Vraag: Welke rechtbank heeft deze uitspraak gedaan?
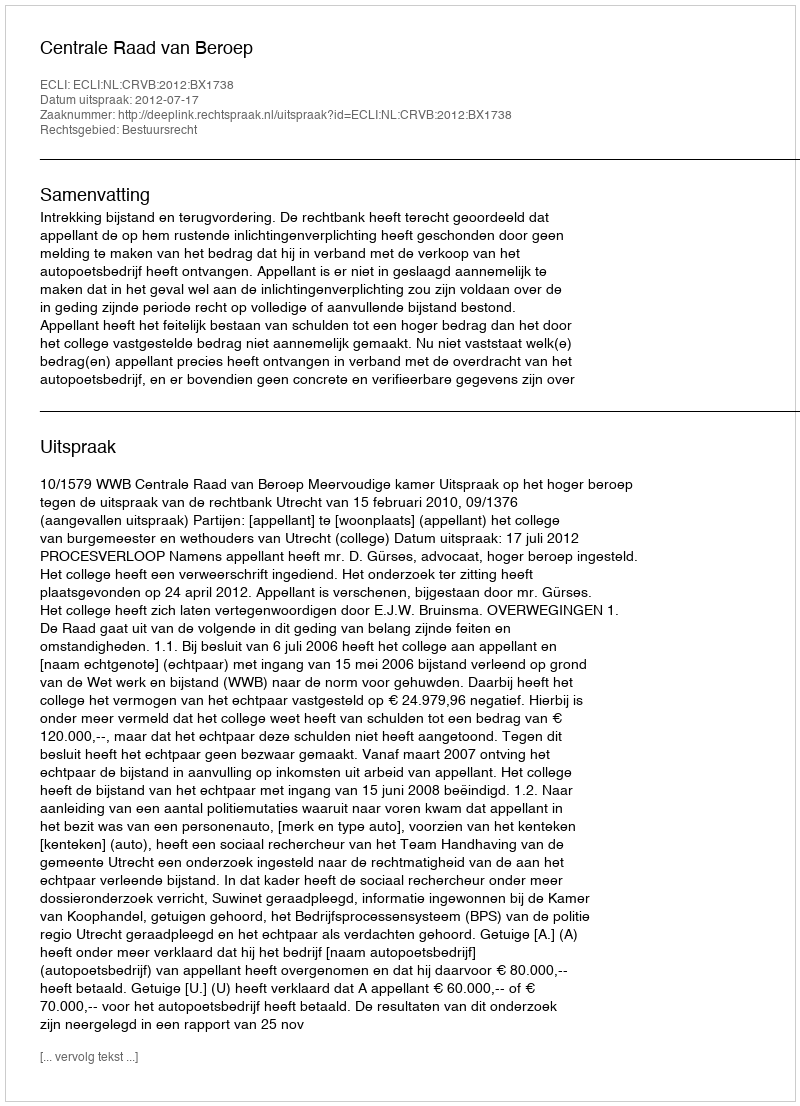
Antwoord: Centrale Raad van Beroep